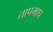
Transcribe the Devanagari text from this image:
तापमाप